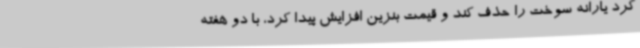
کرد یارانه سوخت را حذف کند و قیمت بنزین افزایش پیدا کرد، با دو هفته